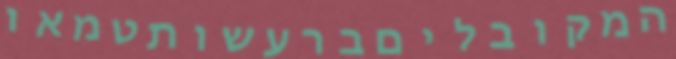
המקובליםברעשותטמאו